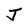
Character: J